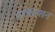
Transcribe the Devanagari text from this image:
परकाशन